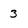
Character: 3